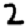
Digit: 2